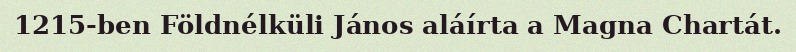
1215-ben Földnélküli János aláírta a Magna Chartát.